Problem: 38 + 12 = ?
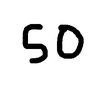
Handwritten answer: 50